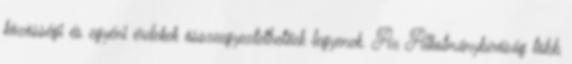
közösségi és egyéni érdekek összeegyeztethetőek legyenek. Az Alkotmánybíróság több